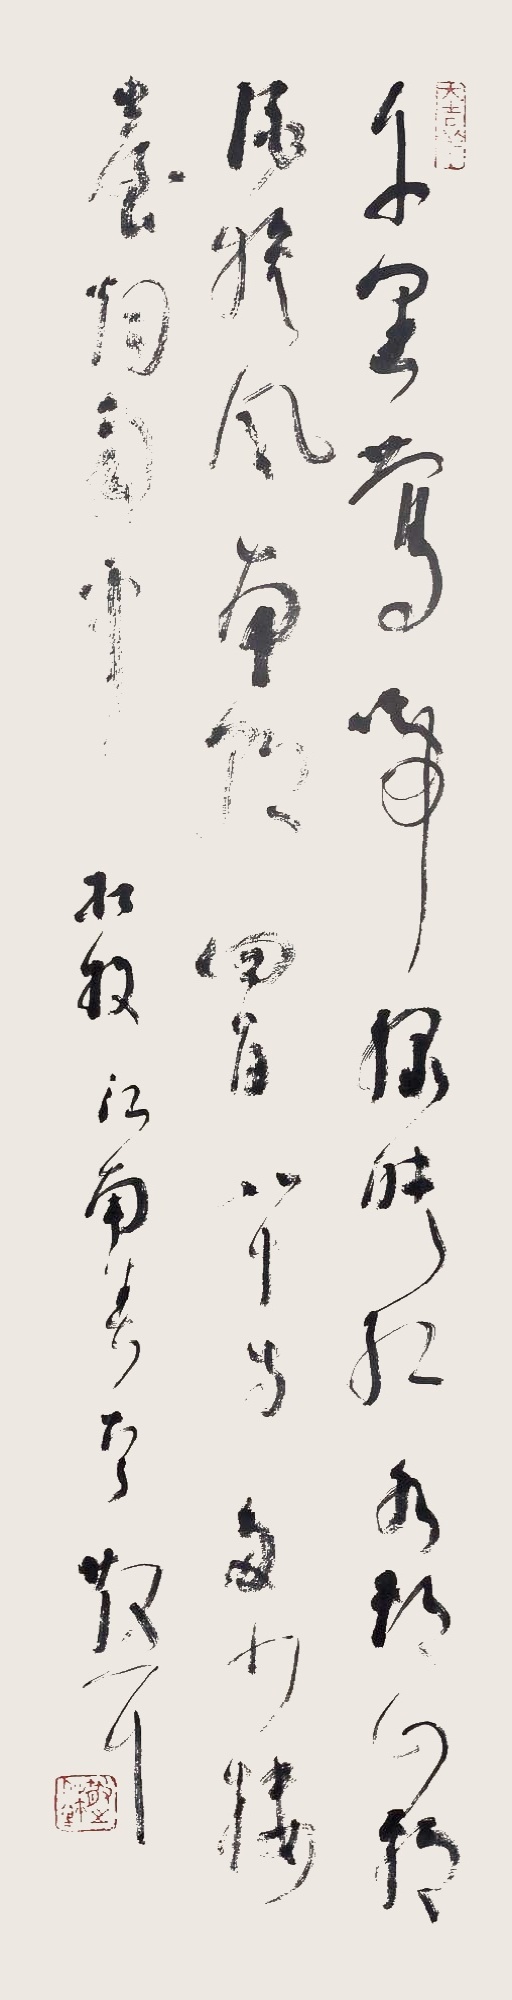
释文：千里莺啼绿映红，水村山郭酒旗风。南朝四百八十寺，多少楼台烟雨中。杜牧江南春句，散耳